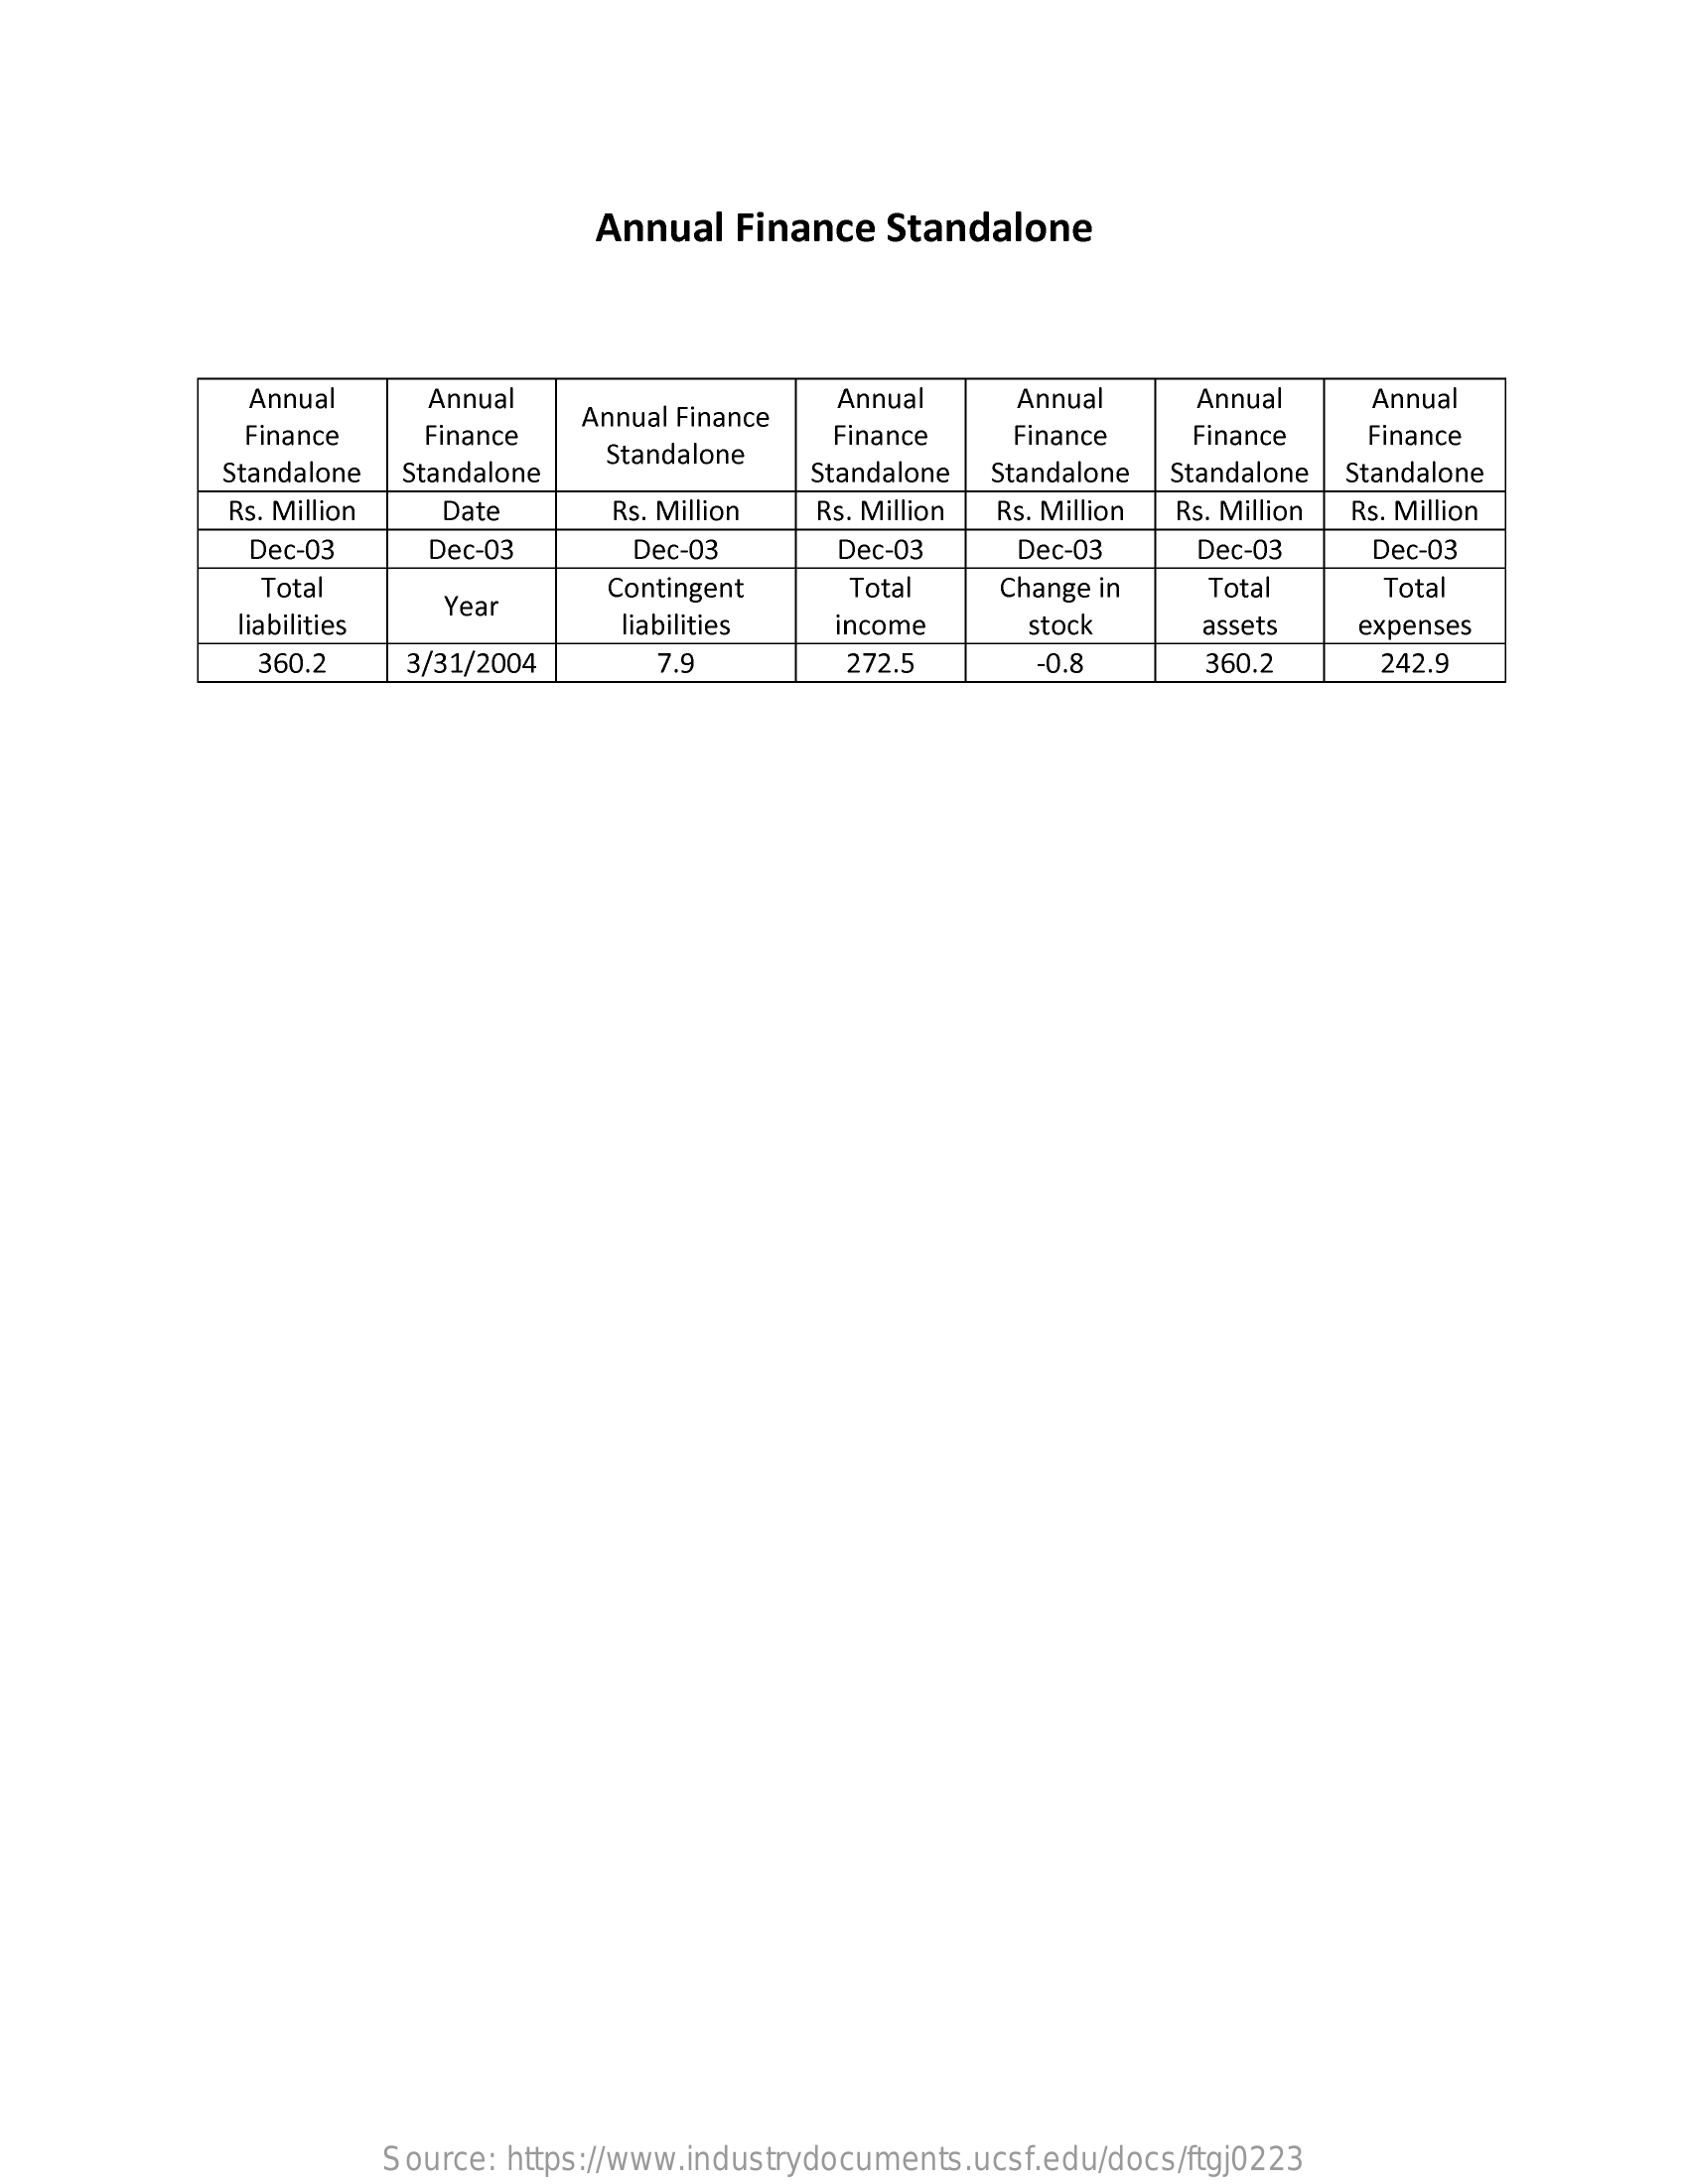
Annual Finance Standalone
     Annual   Annual    Annual   Annual    Annual
     Finance  Finance
     Annual Finance
     Annual
     Finance  Finance  Finance  Finance
     Standalone Standalone
     Standalone
     Standalone Standalone Standalone Standalone
     Rs. Million Date    Rs. Million Rs. Million Rs. Million Rs. Million Rs. Million
     Dec-03   Dec-03    Dec-03    Dec-03   Dec-03    Dec-03   Dec-03
     Total
     Year
     Contingent  Total  Change in  Total    Total
     liabilities    liabilities income   stock    assets  expenses
     360.2  3/31/2004    7.9    272.5    -0.8    360.2    242.9
     Source: https://www.industrydocuments.ucsf.edu/docs/ftgj0223